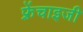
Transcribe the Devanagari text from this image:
फ़्रेंचाइजी